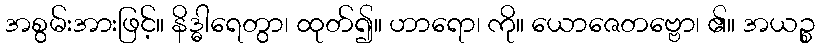
အစွမ်းအားဖြင့်။ နိဒ္ဓါရေတွာ၊ ထုတ်၍။ ဟာရော၊ ကို။ ယောဇေတဗ္ဗော၊ ၏။ အယဉ္စ